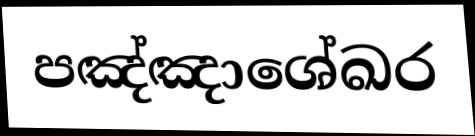
පඤ්ඤාශේඛර